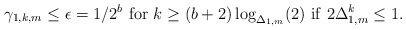
\begin{align*} \gamma_{1,k,m}\le\epsilon=1/2^b~ {\rm for}~k\ge (b+2)\log_{\Delta_{1,m}}(2)~{\rm if}~ 2\Delta_{1,m}^k\le 1. \end{align*}